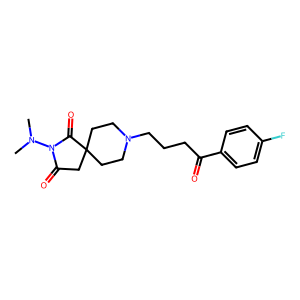
SMILES: CN(C)N1C(=O)CC2(CCN(CCCC(=O)c3ccc(F)cc3)CC2)C1=O
Inhibits HIV replication: No